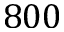
8 0 0